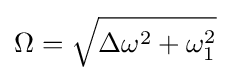
\Omega ={\sqrt {\Delta \omega ^{2}+\omega _{1}^{2}}}